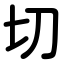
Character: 切